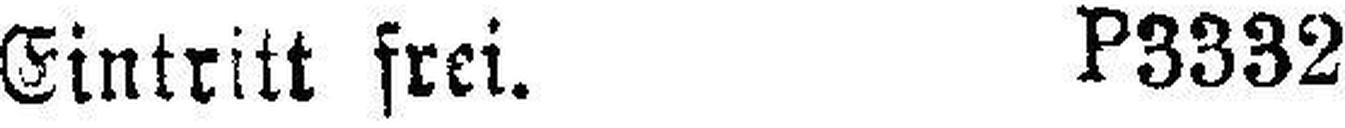
Eintritt frei. P3332